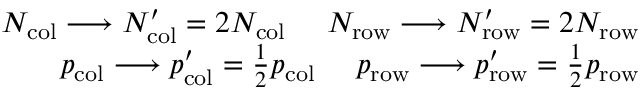
\begin{array} { r } { N _ { \mathrm { c o l } } \longrightarrow N _ { \mathrm { c o l } } ^ { \prime } = 2 N _ { \mathrm { c o l } } \- \ \- \ \- \ \- \ N _ { \mathrm { r o w } } \longrightarrow N _ { \mathrm { r o w } } ^ { \prime } = 2 N _ { \mathrm { r o w } } } \\ { p _ { \mathrm { c o l } } \longrightarrow p _ { \mathrm { c o l } } ^ { \prime } = \frac { 1 } { 2 } p _ { \mathrm { c o l } } \- \ \- \ \- \ \- \ p _ { \mathrm { r o w } } \longrightarrow p _ { \mathrm { r o w } } ^ { \prime } = \frac { 1 } { 2 } p _ { \mathrm { r o w } } } \end{array}